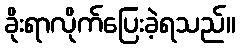
ခိုးရာလိုက်ပြေးခဲ့ရသည်။